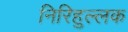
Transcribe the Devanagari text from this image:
निरिहुल्लक